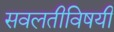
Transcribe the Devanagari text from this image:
सवलतीविषयी